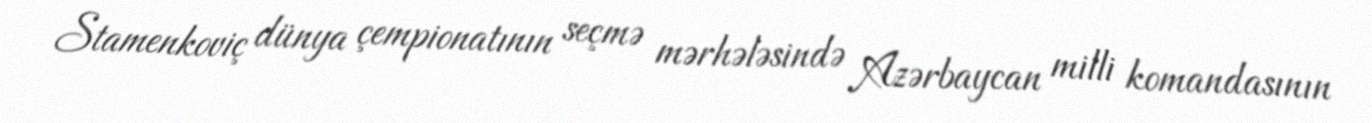
Stamenkoviç dünya çempionatının seçmə mərhələsində Azərbaycan milli komandasının